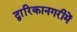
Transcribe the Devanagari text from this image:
द्वारिकानगरीमें